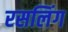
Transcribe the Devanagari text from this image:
रसलिंग